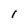
Character: 1